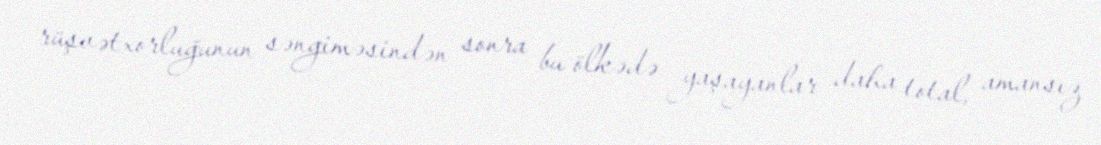
rüşvətxorluğunun səngiməsindən sonra bu ölkədə yaşayanlar daha total, amansız